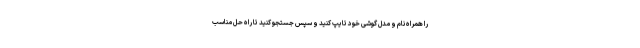
را همراه نام و مدل گوشی خود تایپ کنید و سپس جستجو کنید تا راه حل مناسب